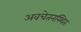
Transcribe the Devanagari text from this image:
अवचेतनस्थित